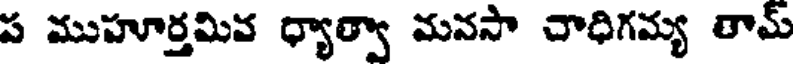
ప ముహూర్తమివ ధ్యాత్వా మనసా చాధిగమ్య తామ్